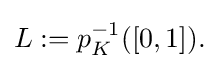
{\textstyle L:=p_{K}^{-1}([0,1]).}